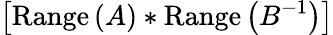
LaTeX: \left[\mathrm{Range}\left(A\right)*\mathrm{Range}\left(B^{-1}\right)\right]